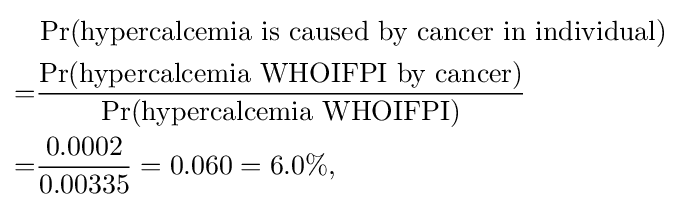
{\begin{aligned}&\Pr({\text{hypercalcemia is caused by cancer in individual}})\\=&{\frac {\Pr({\text{hypercalcemia WHOIFPI by cancer}})}{\Pr({\text{hypercalcemia WHOIFPI}})}}\\=&{\frac {0.0002}{0.00335}}=0.060=6.0\%,\end{aligned}}